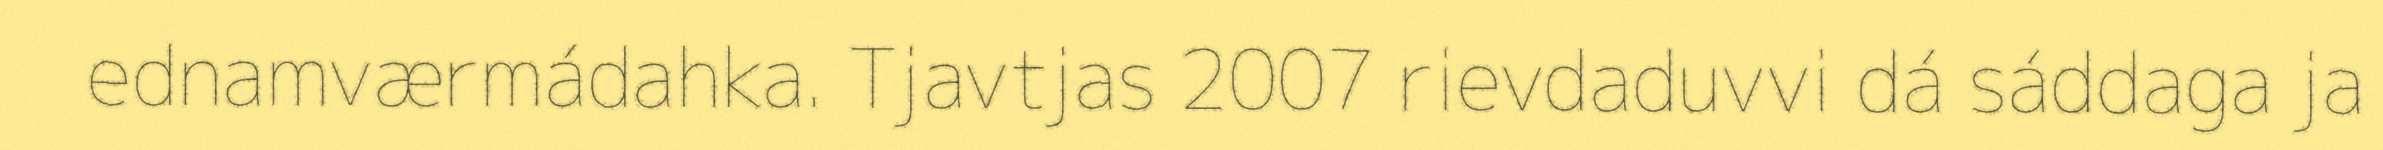
ednamværmádahka. Tjavtjas 2007 rievdaduvvi dá sáddaga ja